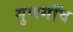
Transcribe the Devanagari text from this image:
गुणगाँव